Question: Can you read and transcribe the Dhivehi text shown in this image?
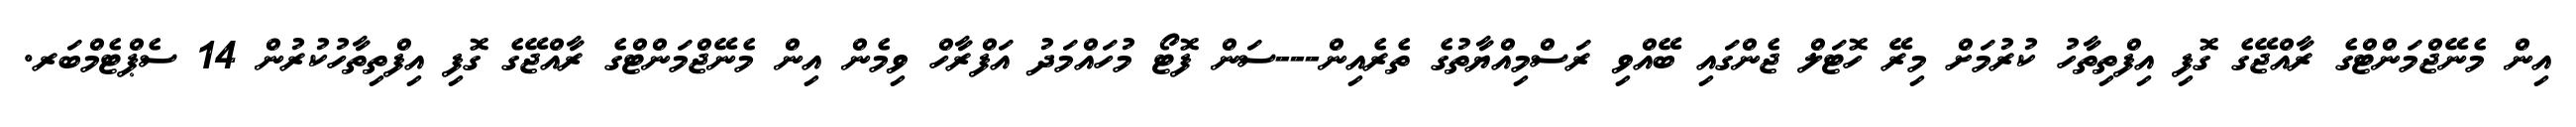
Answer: އިން މެނޭޖްމަންޓްގެ ރާއްޖޭގެ ގޮފި އިފްތިތާހު ކުރުމަށް މިރޭ ހޮޓަލް ޖެންގައި ބޭއްވި ރަސްމިއްޔާތުގެ ތެރެއިން---ސަން ފޮޓޯ މުހައްމަދު އަފްރާހް ވިމެން އިން މެނޭޖްމަންޓްގެ ރާއްޖޭގެ ގޮފި އިފްތިތާހުކުރުން 14 ސެޕްޓެމްބަރ.